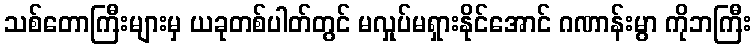
သစ်တောကြီးများမှ ယခုတစ်ပါတ်တွင် မလှုပ်မရှားနိုင်အောင် ဂဏာန်းမွာ ကိုဘကြီး